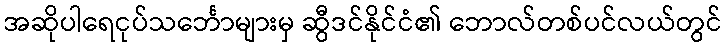
အဆိုပါရေငုပ်သင်္ဘောများမှ ဆွီဒင်နိုင်ငံ၏ ဘောလ်တစ်ပင်လယ်တွင်